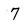
Character: 7